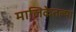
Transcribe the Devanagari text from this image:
मालिकेतल्या